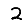
Digit: 2